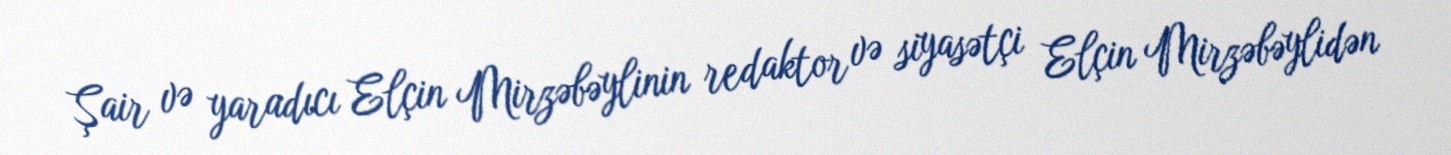
Şair və yaradıcı Elçin Mirzəbəylinin redaktor və siyasətçi Elçin Mirzəbəylidən